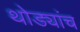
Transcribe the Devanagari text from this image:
थोड्यांच